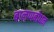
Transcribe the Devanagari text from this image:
बालप्पबोधन